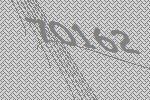
70162